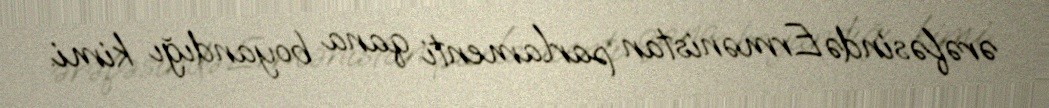
ərəfəsində Ermənistan parlamenti qana boyandığı kimi.